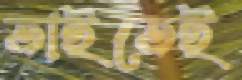
তাইতেই